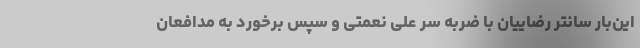
این‌بار سانتر رضاییان با ضربه سر علی نعمتی و سپس برخورد به مدافعان